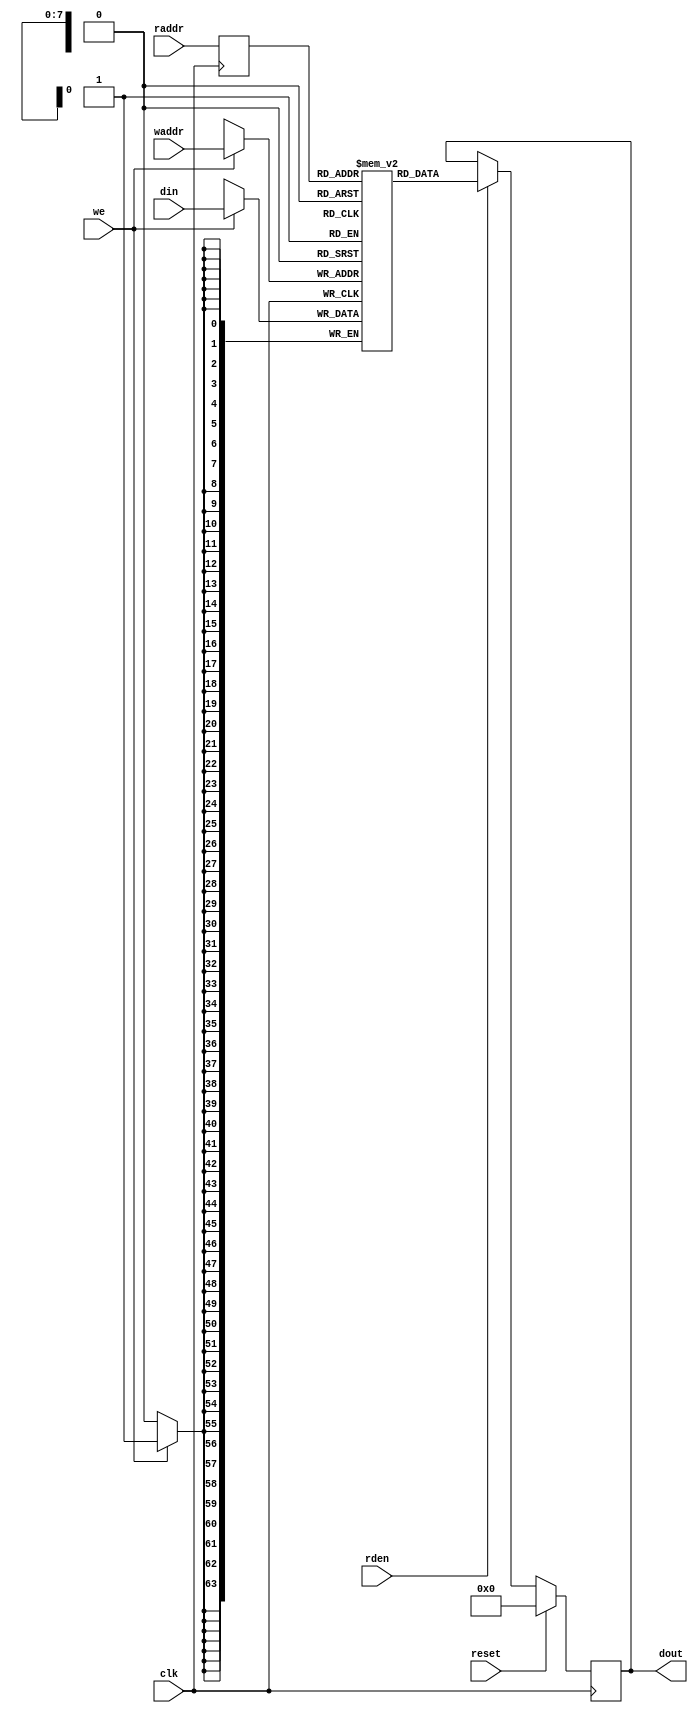
// ==============================================================
// Vitis HLS - High-Level Synthesis from C, C++ and OpenCL v2021.1 (64-bit)
// Copyright 1986-2021 Xilinx, Inc. All Rights Reserved.
// ==============================================================

`timescale 1ns/1ps

module ydma_fifo_w64_d256_A_ram
#(parameter
    DATA_WIDTH  = 64,
    ADDR_WIDTH  = 8,
    DEPTH       = 255
)
(
    input  wire                  clk,
    input  wire                  reset,
    input  wire                  we,
    input  wire [ADDR_WIDTH-1:0] waddr,
    input  wire [DATA_WIDTH-1:0] din,
    input  wire [ADDR_WIDTH-1:0] raddr,
    input  wire                  rden,
    output reg  [DATA_WIDTH-1:0] dout
);

(* rw_addr_collision = "yes" *)
reg  [DATA_WIDTH-1:0] mem[0:DEPTH-1];
reg  [ADDR_WIDTH-1:0] raddr_reg;

//write to ram
always @(posedge clk) begin
    if (we)
        mem[waddr] <= din;
end

//buffer the raddr
always @(posedge clk) begin
    raddr_reg <= raddr;
end

//read from ram
always @(posedge clk) begin
    if (reset)
        dout <= 0;
    else if (rden)
        dout <= mem[raddr_reg];
end

endmodule

module ydma_fifo_w64_d256_A
#(parameter
    DATA_WIDTH  = 64,
    ADDR_WIDTH  = 8,
    DEPTH       = 255
)
(
    // system signal
    input  wire                  clk,
    input  wire                  reset,

    // write
    output wire                  if_full_n,
    input  wire                  if_write_ce,
    input  wire                  if_write,
    input  wire [DATA_WIDTH-1:0] if_din,

    // read
    output wire                  if_empty_n,
    input  wire                  if_read_ce,
    input  wire                  if_read,
    output wire [DATA_WIDTH-1:0] if_dout
);
//------------------------Parameter----------------------

//------------------------Local signal-------------------
reg  [ADDR_WIDTH-1:0] waddr = 1'b0;
reg  [ADDR_WIDTH-1:0] raddr = 1'b0;
wire [ADDR_WIDTH-1:0] wnext;
wire [ADDR_WIDTH-1:0] rnext;
wire                  push;
wire                  pop;
reg  [ADDR_WIDTH:0]   mOutPtr = 1'b0;
reg                   full_n = 1'b1;
reg                   empty_n = 1'b0;
reg                   dout_vld = 1'b0;


//------------------------Instantiation------------------
ydma_fifo_w64_d256_A_ram
#(
 .DATA_WIDTH(DATA_WIDTH),
 .ADDR_WIDTH(ADDR_WIDTH),
 .DEPTH(DEPTH))
U_ydma_fifo_w64_d256_A_ram(
 .clk(clk),
 .reset(reset),
 .we(push),
 .waddr(waddr),
 .din(if_din),
 .raddr(rnext),
 .rden(pop),
 .dout(if_dout)
);

//------------------------Task and function--------------

//------------------------Body---------------------------
assign if_full_n  = full_n;
assign if_empty_n = dout_vld;
assign push       = full_n & if_write_ce & if_write;
assign pop        = empty_n & if_read_ce & (if_read | ~dout_vld);
assign wnext      = !push                ? waddr :
                    (waddr == DEPTH - 1) ? 1'b0  :
                    waddr + 1'b1;
assign rnext      = !pop                 ? raddr :
                    (raddr == DEPTH - 1) ? 1'b0  :
                    raddr + 1'b1;

// waddr
always @(posedge clk) begin
    if (reset == 1'b1)
        waddr <= 1'b0;
    else
        waddr <= wnext;
end

// raddr
always @(posedge clk) begin
    if (reset == 1'b1)
        raddr <= 1'b0;
    else
        raddr <= rnext;
end

// mOutPtr
always @(posedge clk) begin
    if (reset == 1'b1)
        mOutPtr <= 1'b0;
    else if (push & ~pop)
        mOutPtr <= mOutPtr + 1'b1;
    else if (~push & pop)
        mOutPtr <= mOutPtr - 1'b1;
end

// full_n
always @(posedge clk) begin
    if (reset == 1'b1)
        full_n <= 1'b1;
    else if (push & ~pop)
        full_n <= (mOutPtr != DEPTH - 1);
    else if (~push & pop)
        full_n <= 1'b1;
end

// empty_n
always @(posedge clk) begin
    if (reset == 1'b1)
        empty_n <= 1'b0;
    else if (push & ~pop)
        empty_n <= 1'b1;
    else if (~push & pop)
        empty_n <= (mOutPtr != 1'b1);
end

// dout_vld
always @(posedge clk) begin
    if (reset == 1'b1)
        dout_vld <= 1'b0;
    else if (pop)
        dout_vld <= 1'b1;
    else if (if_read_ce & if_read)
        dout_vld <= 1'b0;
end

endmodule